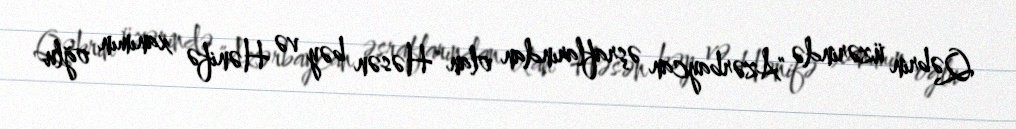
Qəbrin üzərində "Azərbaycan əşraflarından olan Həsən bəy və Hənifə xanımın oğlu